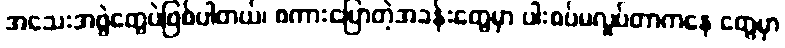
အသေးအဖွဲတွေပဲဖြစ်ပါတယ်၊ စကားပြောတဲ့အခန်းတွေမှာ ပါးစပ်မလှုပ်တာကနေ တွေမှာ